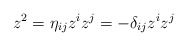
\begin{align*}z^{2}=\eta _{ij}z^{i}z^{j}=-\delta _{ij}z^{i}z^{j}\end{align*}